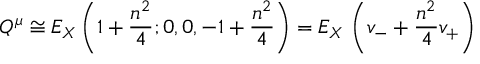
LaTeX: Q ^ { \mu } \cong E _ { X } \left( 1 + \frac { n ^ { 2 } } { 4 } ; 0 , 0 , - 1 + \frac { n ^ { 2 } } { 4 } \right) = E _ { X } \, \left( v _ { - } + \frac { n ^ { 2 } } { 4 } v _ { + } \right)